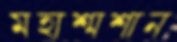
মহাশ্মশান